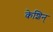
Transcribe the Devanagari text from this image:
केशिन्